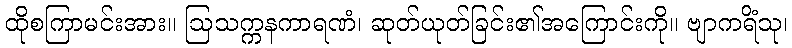
ထိုစကြာမင်းအား။ ဩသက္ကနကာရဏံ၊ ဆုတ်ယုတ်ခြင်း၏အကြောင်းကို။ ဗျာကရိံသု၊